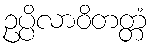
ဥပ္ပိလာဝိတတ္တံ